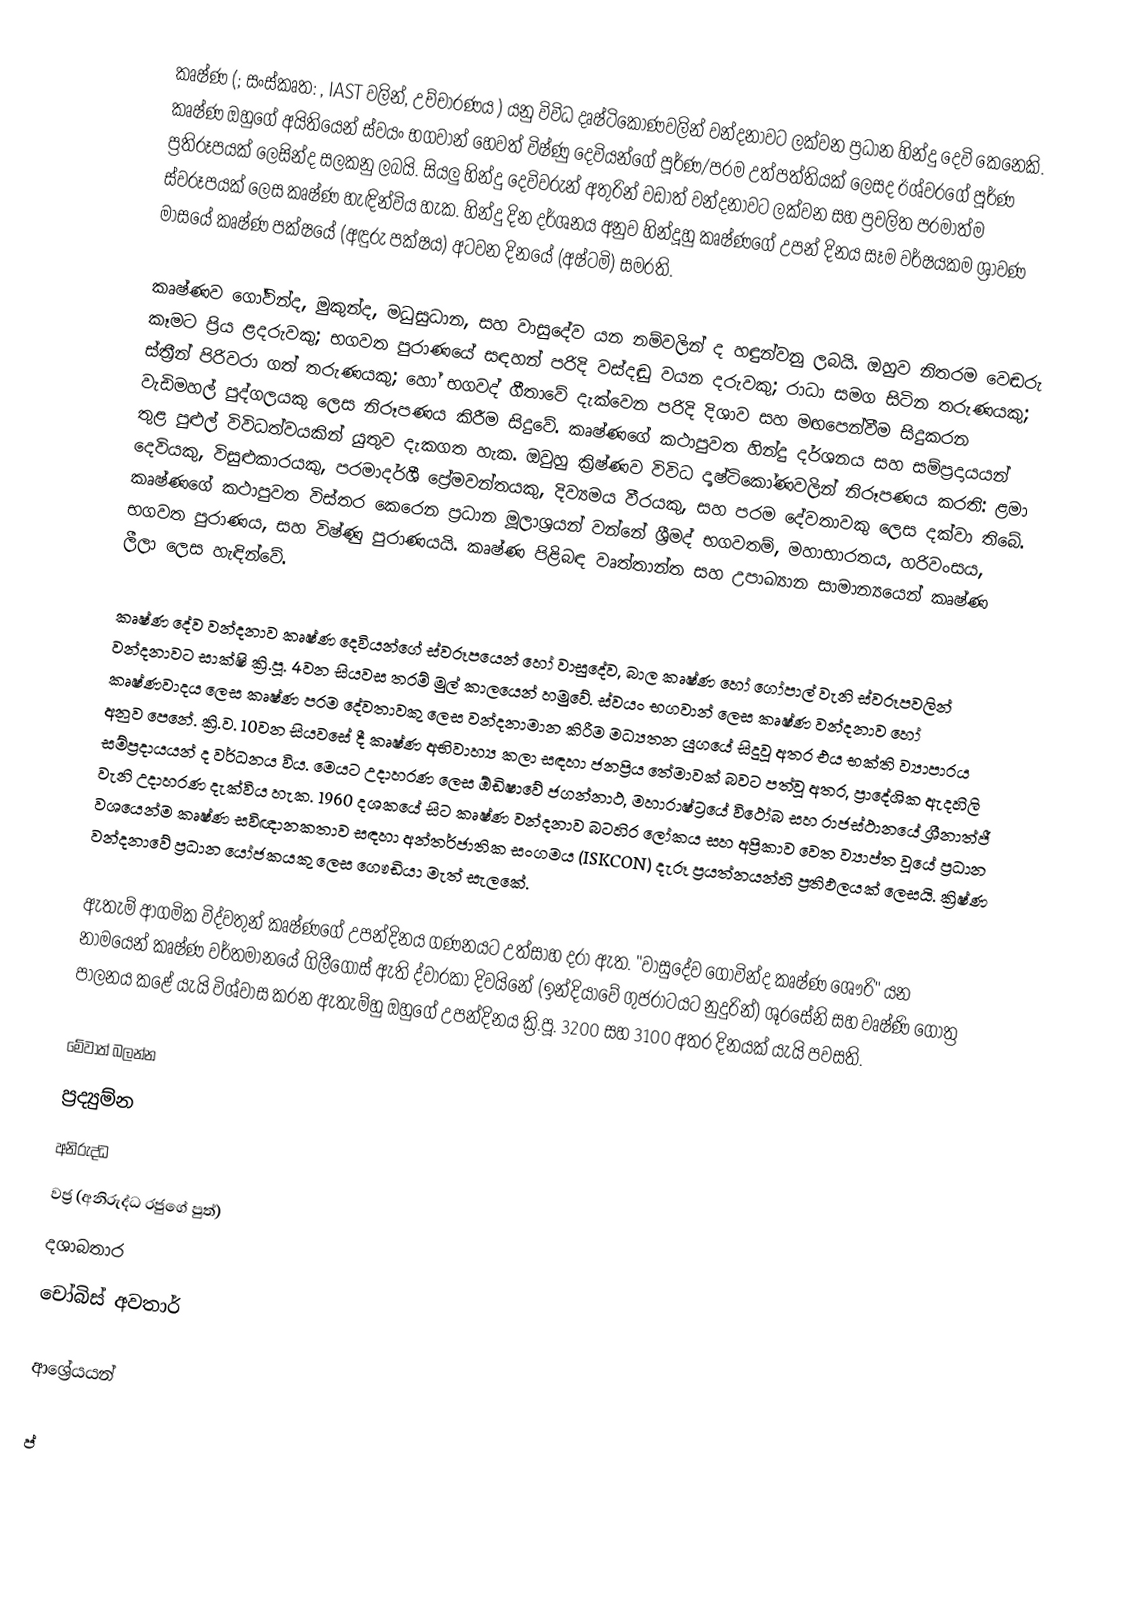
කෘෂ්ණ (; සංස්කෘත: ,  IAST වලින්, උච්චාරණය ) යනු විවිධ දෘෂ්ටිකෝණවලින් වන්දනාවට ලක්වන ප්‍රධාන හින්දු දෙවි කෙනෙකි. කෘෂ්ණ ඔහුගේ අයිතියෙන් ස්වයං භගවාන් හෙවත් විෂ්ණු දෙවියන්ගේ පූර්ණ/පරම උත්පත්තියක් ලෙසද ඊශ්වරගේ පූර්ණ ප්‍රතිරූපයක් ලෙසින්ද සලකනු ලබයි. සියලු හින්දු දෙවිවරුන් අතුරින් වඩාත් වන්දනාවට ලක්වන සහ ප්‍රචලිත පරමාත්ම ස්වරූපයක් ලෙස කෘෂ්ණ හැඳින්විය හැක. හින්දු දින දර්ශනය අනුව හින්දූහු කෘෂ්ණගේ උපන් දිනය සෑම වර්ෂයකම ශ්‍රාවණ මාසයේ කෘෂ්ණ පක්ෂයේ (අඳුරු පක්ෂය) අටවන දිනයේ (අෂ්ටමි) සමරති.

කෘෂ්ණව ගෝවින්ද, මුකුන්ද, මධුසුධාන, සහ වාසුදේව යන නම්වලින් ද හඳුන්වනු ලබයි. ඔහුව නිතරම වෙඬරු කෑමට ප්‍රිය ළදරුවකු; භගවත පුරාණයේ සඳහන් පරිදි වස්දඬු වයන දරුවකු; රාධා සමග සිටින තරුණයකු; ස්ත්‍රීන් පිරිවරා ගත් තරුණයකු; හෝ භගවද් ගීතාවේ දැක්වෙන පරිදි දිශාව සහ මඟපෙන්වීම සිදුකරන වැඩිමහල් පුද්ගලයකු ලෙස නිරූපණය කිරීම සිදුවේ. කෘෂ්ණගේ කථාපුවත හින්දු දර්ශනය සහ සම්ප්‍රදායයන් තුළ පුළුල් විවිධත්වයකින් යුතුව දැකගත හැක. ඔවුහු ක්‍රිෂ්ණව විවිධ දෘෂ්ටිකෝණවලින් නිරූපණය කරති: ළමා දෙවියකු, විසුළුකාරයකු, පරමාදර්ශී ප්‍රේමවන්තයකු, දිව්‍යමය වීරයකු, සහ පරම දේවතාවකු ලෙස දක්වා තිබේ.  කෘෂ්ණගේ කථාපුවත විස්තර කෙරෙන ප්‍රධාන මූලාශ්‍රයන් වන්නේ ශ්‍රීමද් භගවතම්, මහාභාරතය, හරිවංසය, භගවත පුරාණය, සහ විෂ්ණු පුරාණයයි. කෘෂ්ණ පිළිබඳ වෘත්තාන්ත සහ උපාඛ්‍යාන සාමාන්‍යයෙන් කෘෂ්ණ ලීලා ලෙස හැඳින්වේ.

කෘෂ්ණ දේව වන්දනාව කෘෂ්ණ දෙවියන්ගේ ස්වරූපයෙන් හෝ වාසුදේව, බාල කෘෂ්ණ හෝ ගෝපාල් වැනි ස්වරූපවලින් වන්දනාවට සාක්ෂි ක්‍රි.පූ. 4වන සියවස තරම් මුල් කාලයෙන් හමුවේ. ස්වයං භගවාන් ලෙස කෘෂ්ණ වන්දනාව හෝ කෘෂ්ණවාදය ලෙස කෘෂ්ණ පරම දේවතාවකු ලෙස වන්දනාමාන කිරීම මධ්‍යතන යුගයේ සිදුවූ අතර එය භක්ති ව්‍යාපාරය අනුව පෙනේ. ක්‍රි.ව. 10වන සියවසේ දී කෘෂ්ණ අභිවාහ්‍ය කලා සඳහා ජනප්‍රිය තේමාවක් බවට පත්වූ අතර, ප්‍රාදේශික ඇදහිලි සම්ප්‍රදායයන් ද වර්ධනය විය. මෙයට උදාහරණ ලෙස ඕඩිෂාවේ ජගන්නාථ, මහාරාෂ්ට්‍රයේ විථෝබ සහ රාජස්ථානයේ ශ්‍රීනාත්ජී වැනි උදාහරණ දැක්විය හැක. 1960 දශකයේ සිට කෘෂ්ණ වන්දනාව බටහිර ලෝකය සහ අප්‍රිකාව වෙත ව්‍යාප්ත වූයේ ප්‍රධාන වශයෙන්ම කෘෂ්ණ සවිඥානකතාව සඳහා අන්තර්ජාතික සංගමය (ISKCON) දැරූ ප්‍රයත්නයන්හි ප්‍රතිඵලයක් ලෙසයි. ක්‍රිෂ්ණ වන්දනාවේ ප්‍රධාන යෝජකයකු ලෙස ගෞඩියා මැත් සැලකේ.

ඇතැම් ආගමික විද්වතුන් කෘෂ්ණගේ උපන්දිනය ගණනයට උත්සාහ දරා ඇත. "වාසුදේව ගෝවින්ද කෘෂ්ණ ශෞරි" යන නාමයෙන් කෘෂ්ණ වර්තමානයේ ගිලීගොස් ඇති ද්වාරකා දිවයිනේ (ඉන්දියාවේ ගුජරාටයට නුදුරින්) ශූරසේනි සහ වෘෂ්ණි ගෝත්‍ර පාලනය කළේ යැයි විශ්වාස කරන ඇතැම්හු ඔහුගේ උපන්දිනය ක්‍රි.පූ. 3200 සහ 3100 අතර දිනයක් යැයි පවසති.

මේවාත් බලන්න
 ප්‍රද්‍යුම්න
 අනිරුද්ධ
 වජ්‍ර (අනිරුද්ධ රජුගේ පුත්)
 දශාබතාර
 චෝබිස් අවතාර්

ආශ්‍රේයයන්

ප්‍